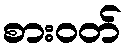
စားဝတ်